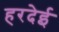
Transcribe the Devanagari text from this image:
हरदेई